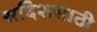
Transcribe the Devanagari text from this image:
सदिशसाठी